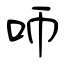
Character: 𠯗